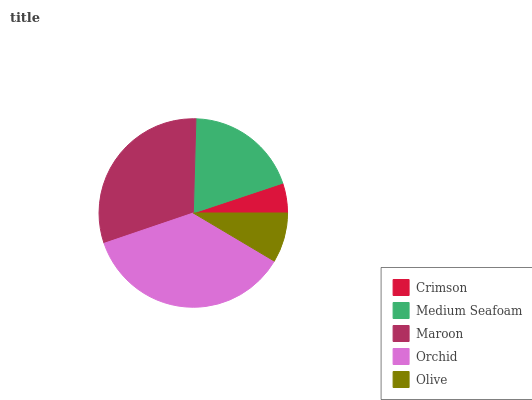
| Crimson | Medium Seafoam | Maroon | Orchid | Olive |
 | --- | --- | --- | --- | --- |
 | 5.12% | 19.4% | 30.7% | 36.3% | 8.52% |